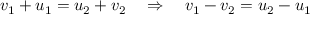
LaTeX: \ v _ { 1 } + u _ { 1 } = u _ { 2 } + v _ { 2 } \quad \Rightarrow \quad v _ { 1 } - v _ { 2 } = u _ { 2 } - u _ { 1 }